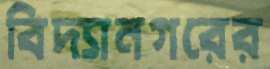
বিদ্যানগরের